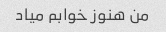
من هنوز خوابم میاد